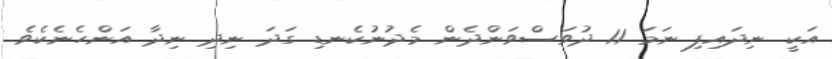
އަކީ ނިދައިފި ނަމަ 11 ދުވަސްވަންދެން މެދުނުކެނޑި ގަދަ ނިދި ނިދާ އަންހެނެކެވެ.